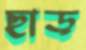
ছাড়